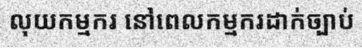
លុយកម្មករ នៅពេលកម្មករដាក់ច្បាប់